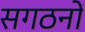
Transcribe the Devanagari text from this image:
सगठनों